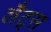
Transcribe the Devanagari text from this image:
लैट्स